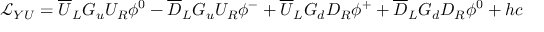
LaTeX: { \mathcal { L } } _ { Y U } = { \overline { { U } } } _ { L } G _ { u } U _ { R } \phi ^ { 0 } - { \overline { { D } } } _ { L } G _ { u } U _ { R } \phi ^ { - } + { \overline { { U } } } _ { L } G _ { d } D _ { R } \phi ^ { + } + { \overline { { D } } } _ { L } G _ { d } D _ { R } \phi ^ { 0 } + h c